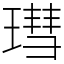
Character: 㻰